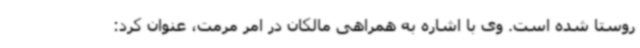
روستا شده است. وی با اشاره به همراهی مالکان در امر مرمت، عنوان کرد: